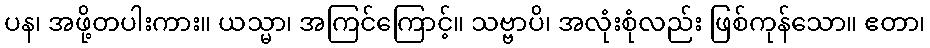
ပန၊ အဖို့တပါးကား။ ယသ္မာ၊ အကြင်ကြောင့်။ သဗ္ဗာပိ၊ အလုံးစုံလည်း ဖြစ်ကုန်သော။ ဧတာ၊